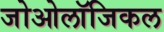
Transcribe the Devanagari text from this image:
जोओलॉजिकल